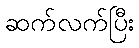
ဆက်လက်ပြီး